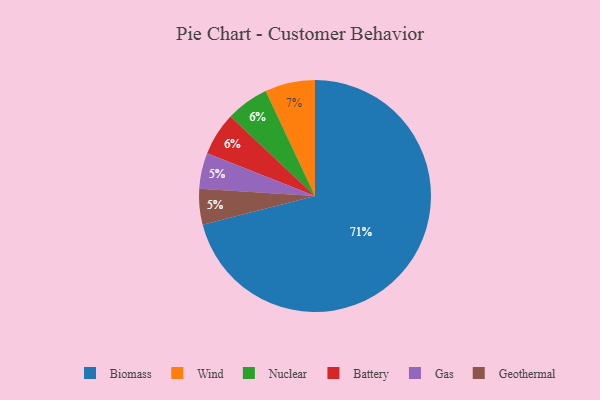
{"axis": {"x": "Category", "y": "Percentage"}, "legend": ["Battery", "Biomass", "Gas", "Geothermal", "Nuclear", "Wind"], "data": [{"x": "Biomass", "y": 71, "type": "Biomass"}, {"x": "Wind", "y": 7, "type": "Wind"}, {"x": "Gas", "y": 5, "type": "Gas"}, {"x": "Nuclear", "y": 6, "type": "Nuclear"}, {"x": "Geothermal", "y": 5, "type": "Geothermal"}, {"x": "Battery", "y": 6, "type": "Battery"}]}